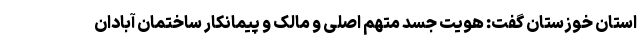
استان خوزستان گفت: هویت جسد متهم اصلی و مالک و پیمانکار ساختمان آبادان